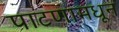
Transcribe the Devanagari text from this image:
पाटणामधून